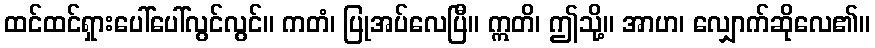
ထင်ထင်ရှားပေါ်ပေါ်လွင်လွင်။ ကတံ၊ ပြုအပ်လေပြီ။ ဣတိ၊ ဤသို့။ အာဟ၊ လျှောက်ဆိုလေ၏။